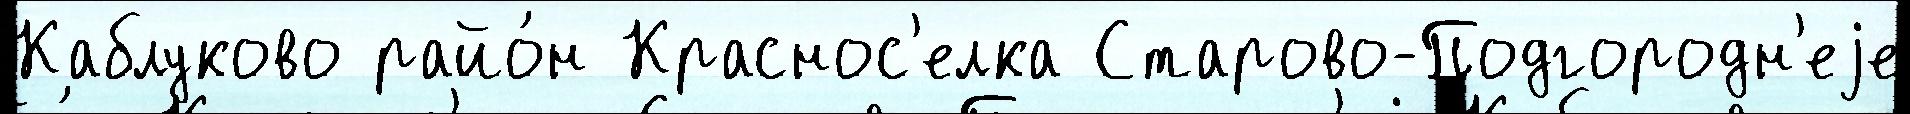
Каблуково райо́н Краснос'елка Старово-Подгородн'еjе